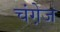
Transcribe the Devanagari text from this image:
चंगे़ज